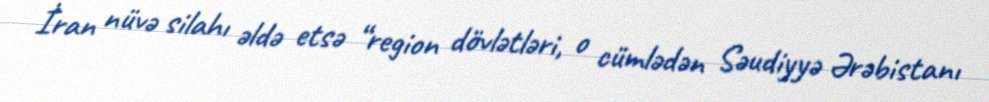
İran nüvə silahı əldə etsə “region dövlətləri, o cümlədən Səudiyyə Ərəbistanı